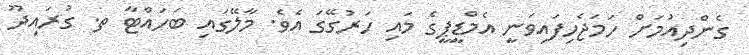
ގެންދިއުމަށް ހަމަޖެހިފައިވަނީ އެމްޑީޕީގެ މައި ހަރުގޭގަ އެވެ. މާލޭގައި ބަހައްޓާ ތ. ގުރައިދޫ